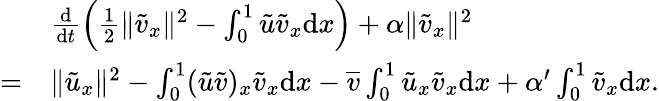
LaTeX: \begin{array}{rl}&{\frac{\mathrm{d}}{\mathrm{d}t}\Big(\frac 12\| {\tilde{v}}_{x}\| ^{2}-\int_{0}^{1}{\tilde{u}}{\tilde{v}}_{x}{\mathrm{d}x}\Big)+\alpha\| {\tilde{v}}_{x}\| ^{2}}\\ {=}&{\| {\tilde{u}}_{x}\| ^{2}-\int_{0}^{1}({\tilde{u}}{\tilde{v}})_{x}{\tilde{v}}_{x}{\mathrm{d}x}-\overline{{v}}\int_{0}^{1}{\tilde{u}}_{x}{\tilde{v}}_{x}{\mathrm{d}x}+\alpha^{\prime}\int_{0}^{1}{\tilde{v}}_{x}{\mathrm{d}x}.}\end{array}